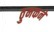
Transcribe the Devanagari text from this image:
ठुमकने